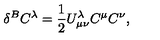
\delta ^ { B } C ^ { \lambda } = \frac { 1 } { 2 } U _ { \mu \nu } ^ { \lambda } C ^ { \mu } C ^ { \nu } ,